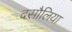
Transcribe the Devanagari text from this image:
दसौलिया